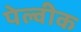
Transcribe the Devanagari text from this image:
पेल्वीक